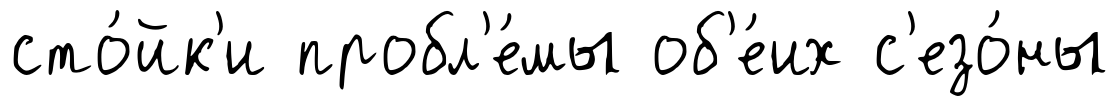
сто́йк'и пробл'е́мы об'е́их с'езо́ны